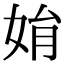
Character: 姢